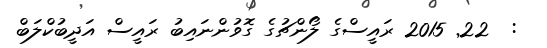
:  22